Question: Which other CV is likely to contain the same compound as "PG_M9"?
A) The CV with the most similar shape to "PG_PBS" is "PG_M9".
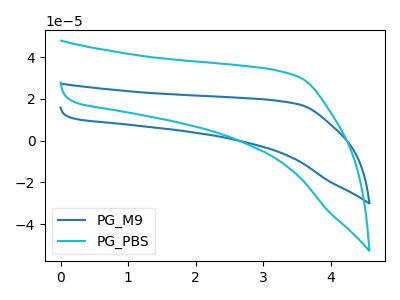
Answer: <think>The blue curve "PG_M9" has no peaks. The cyan curve "PG_PBS" has no peaks.
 Neither "PG_M9" or "PG_PBS" have any peaks.</think>
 <answer>A) The CV with the most similar shape to "PG_PBS" is "PG_M9".</answer>
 <eval>A</eval>